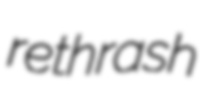
rethrash